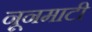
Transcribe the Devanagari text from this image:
नूनमाटी